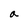
Character: a